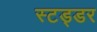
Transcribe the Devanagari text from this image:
स्टड्डर